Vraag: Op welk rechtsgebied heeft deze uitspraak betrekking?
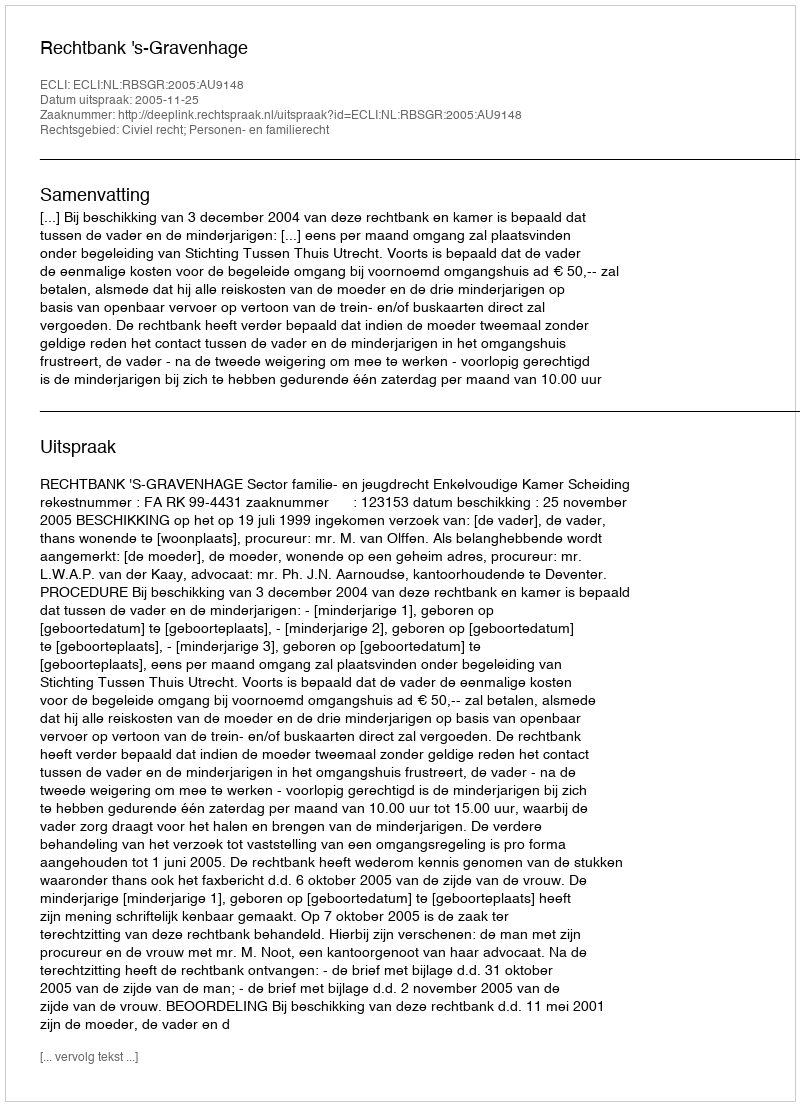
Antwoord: Civiel recht; Personen- en familierecht